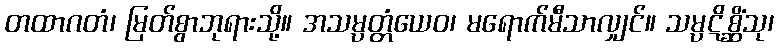
တထာဂတံ၊ မြတ်စွာဘုရားသို့။ အသမ္ပတ္တံယေဝ၊ မရောက်မီသာလျှင်။ သမ္ပဋိစ္ဆိံသု၊